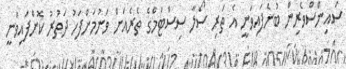
ސައިންސްވެރިން ބުނެފައިވަނީ އެ ތަރި ސޯލާ ސިސްޓަމްގެ ތެރެއަށް ވަނުމަށްފަހު ދަތުރު ކޮށްފައިވަނީ